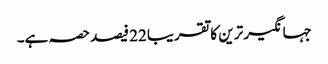
جہانگیر ترین کا تقریبا 22 فیصد حصہ ہے۔